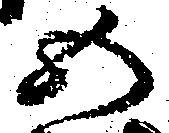
五